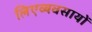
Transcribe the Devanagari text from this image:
लिएव्यवसायों